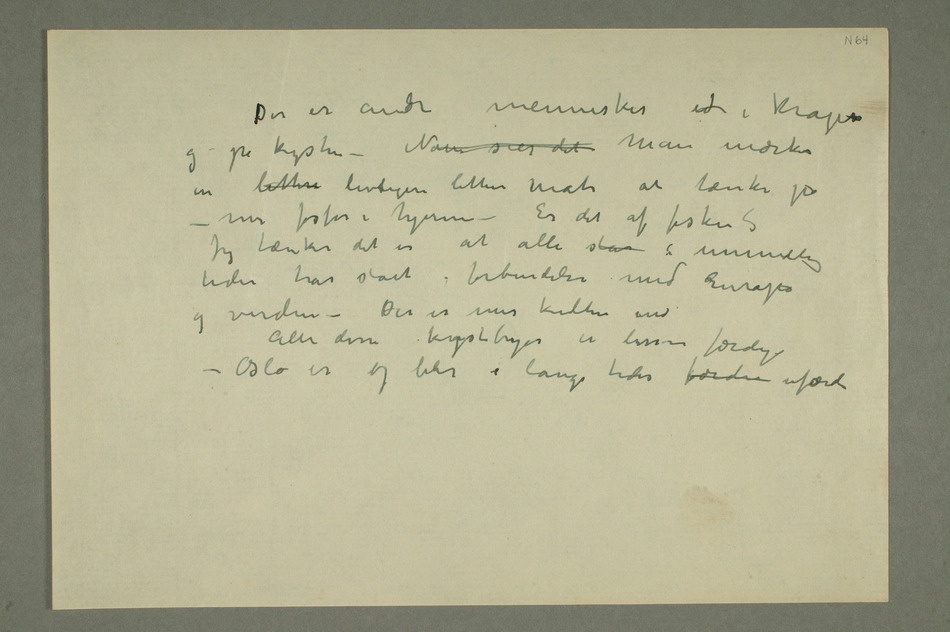
Der er andre mennesker ud i Kragerø
og på kysten – Noen sier det Man mærker
en lettere livligere lettere måte at tænke på –
mer fosfor i hjernen – Er det af fisken?
Jeg tænker det er at alle står i umindelige
tider har stået i forbindelse med Europa
og verden – Der er mer kultur end
Alle disse kystbyene er lissom færdige
– Oslo er og blir i lange tider færdi ufærdi